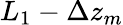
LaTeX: L_{1}-\Delta z_{m}